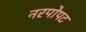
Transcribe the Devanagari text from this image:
नरपोपट